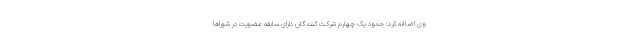
وی اضافه کرد: حدود یک چهارم شرکت کنندگان دارای سابقه عضویت در شوراها